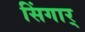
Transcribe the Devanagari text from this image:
सिंगार्